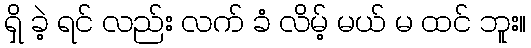
ရှိ ခဲ့ ရင် လည်း လက် ခံ လိမ့် မယ် မ ထင် ဘူး။